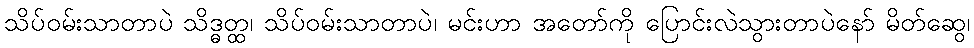
သိပ်ဝမ်းသာတာပဲ သိဒ္ဓတ္ထ၊ သိပ်ဝမ်းသာတာပဲ၊ မင်းဟာ အတော်ကို ပြောင်းလဲသွားတာပဲနော် မိတ်ဆွေ၊